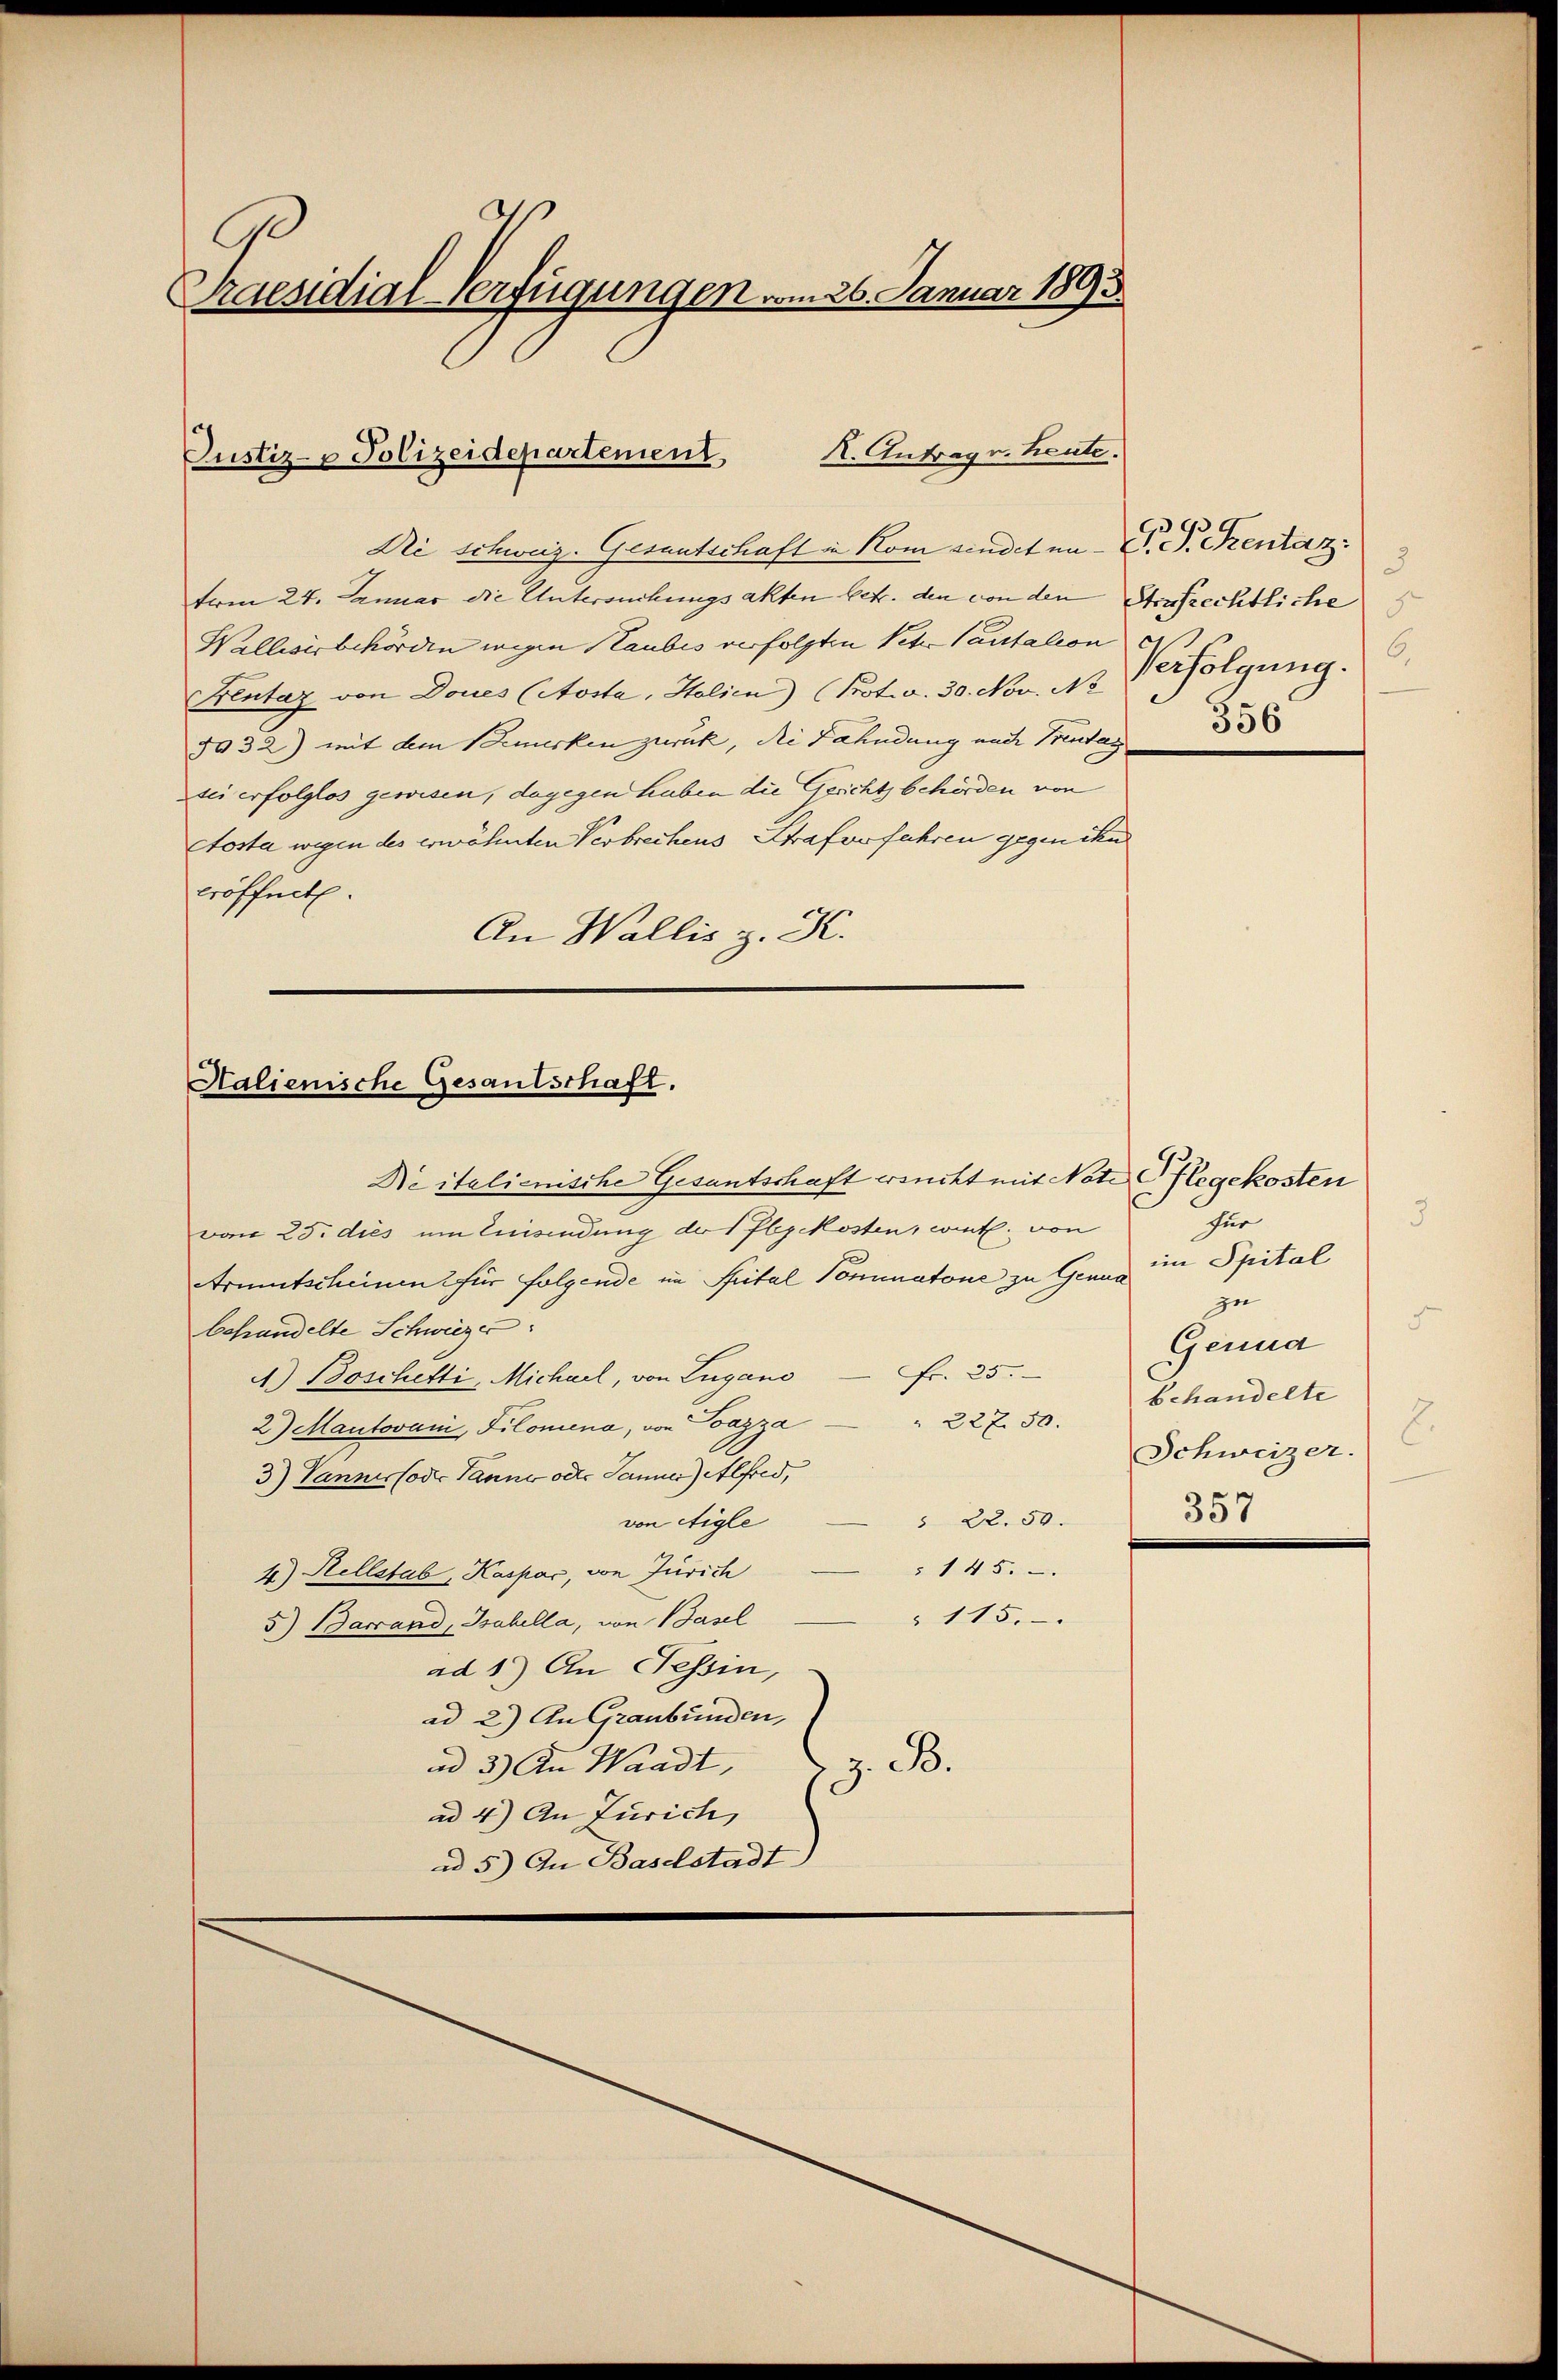
Praesidial-Verfügungen vom 26. Januar 1893.

K. Antrag v. heute.
Justiz- & Polizeidepartement

Die schweiz. Gesuntschaft in Kom sindet in P. P. Centaz
tom 27. Januar die Untersuchungsakten betr. den von den Strafrechtliche
Wellesisbehörden wegen Staubes verfolgten Vete Cautation
Krentaz von Doues (Aosta, Holien) (Prot. v. 30. Nov. Ne
5032) mit dem Bemerken zurück, die Fahndung und Bendayzei erfolglos gewisen, dagegen haben die Gerichtsbehörden von
tosta wegen des erwähnten Verbrechens Strafverfahren gegen ihn
eröffnet.
An Wallis z. K.

Halienische Gesantschaft.

Be italienische Gesantschaft ersucht mit Note Pflegekosten
vom 25. dies um Eisendung der Pflegekosten, cit. von
Armutscheinen für folgende im Spital Nominatone zu Genus in Spital
behandelte Schwieser
Fr. 25.
A) Boschetti, Michael, von Lugano
227. 50.
2) Mantovani, Kilomena, von Ioazza
3) Vannes oder Tanne oder Jänner) Alfred,
§ 22.50.
von Aigle
145.
4) Rellstab, Kaspar, von Zürich
 115.
5) Barrand, Grabella, von Basel
ad 1.) An Tessin,
ad 2.) An Graubünden,
ad 3.) An Waadt,
z. B.
ad 4) An Zürich,
ad 5) An Baselstadt

3
6.
Verfolgung.
356

für
zu
Gennd
behandelte
Schweizer.
357